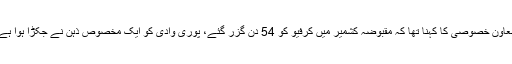
معاون خصوصی کا کہنا تھا کہ مقبوضہ کشمیر میں کرفیو کو 54 دن گزر گئے، پوری وادی کو ایک مخصوص ذہن نے جکڑا ہوا ہے۔